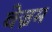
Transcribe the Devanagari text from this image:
वेज्रम